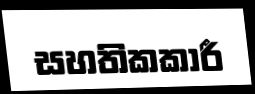
සහතිකකාරී